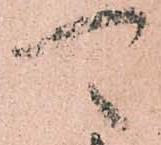
可